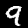
Label: 9